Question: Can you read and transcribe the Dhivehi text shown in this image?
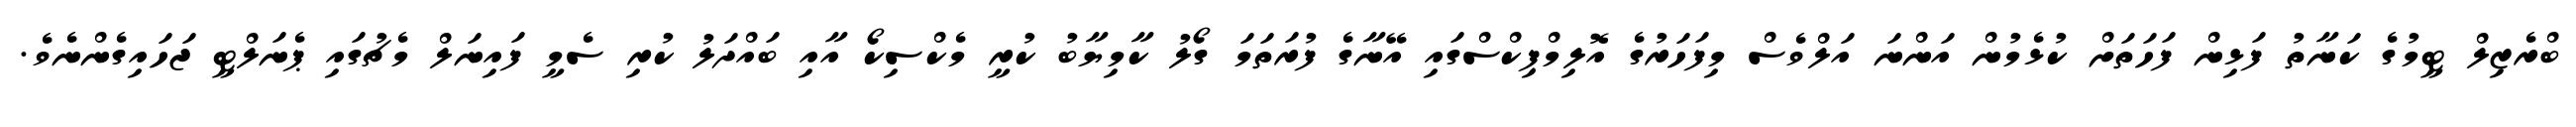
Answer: ބްރެޒިލް ޓީމުގެ ކަނާތު ފަޅިން ފަހަތަށް ކުޅެމުން އަންނަ އަލްވެސް މިފަހަރުގެ އޮލިމްޕިކްސްގައި އޭނާގެ ފުރަތަމަ ގޯލު ކާމިޔާބު ކުރީ މެކްސިކޯ އާއި ބައްދަލު ކުރި ސެމީ ފައިނަލް މެޗުގައި ޕެނަލްޓީ ޖަހައިގެންނެވެ.